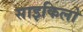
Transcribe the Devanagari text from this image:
साइकिलो